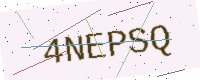
Text: 4NEPSQ